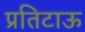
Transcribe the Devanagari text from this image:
प्रतिटाऊ